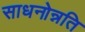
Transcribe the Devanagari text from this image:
साधनोन्नति